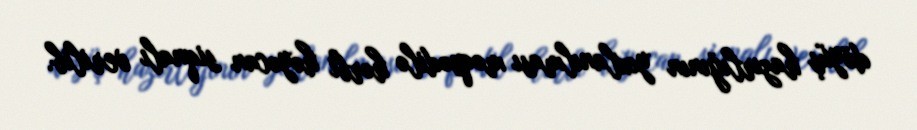
döyüş hazırlığının yoxlanılması məqsədilə hərbi həyəcan siqnalı verilib.